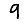
Digit: 9